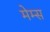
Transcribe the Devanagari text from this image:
मेम्स